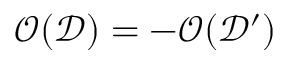
\mathcal { O } ( \mathcal { D } ) = - \mathcal { O } ( \mathcal { D ^ { \prime } } )